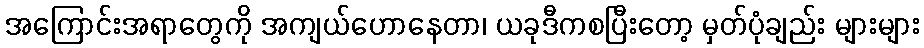
အကြောင်းအရာတွေကို အကျယ်ဟောနေတာ၊ ယခုဒီကစပြီးတော့ မှတ်ပုံချည်း များများ